Indian journal of veterinary science and animal husbandry - Volume 5,
Year: 1935
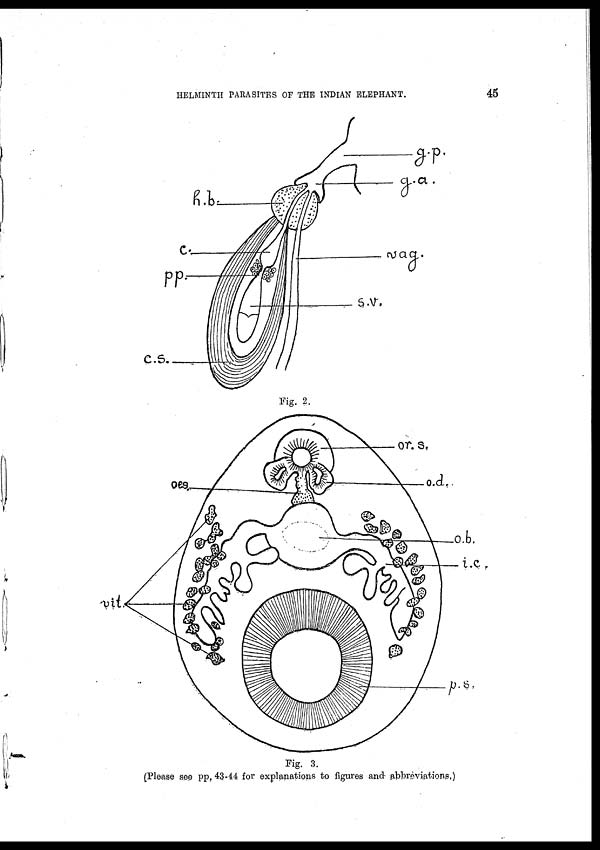
HELMINTH PARASITES OF THE INDIAN ELEPHANT.
45
Fig. 2.
Fig. 3.
(Please see pp. 43-44 for explanations to figures and abbreviations,)